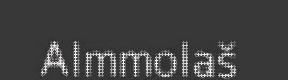
Almmolaš